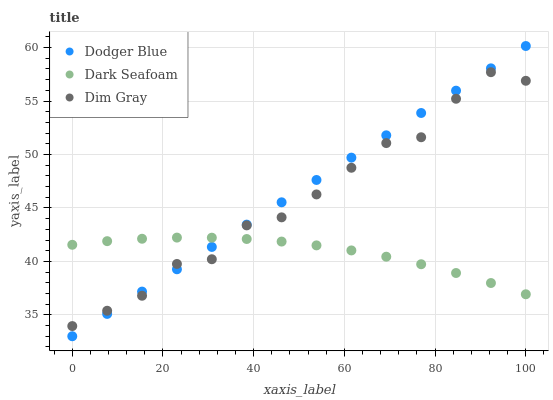
| xaxis_label | Dodger Blue | Dark Seafoam | Dim Gray |
 | --- | --- | --- | --- |
 | 0 | 33 | 41.6 | 34 |
 | 7.69 | 35.1 | 41.9 | 35.4 |
 | 15.4 | 37.2 | 42.1 | 36.8 |
 | 23.1 | 39.3 | 42.2 | 39.8 |
 | 30.8 | 41.4 | 42.2 | 40.2 |
 | 38.5 | 43.4 | 42.1 | 43.4 |
 | 46.2 | 45.5 | 41.9 | 44.1 |
 | 53.8 | 47.6 | 41.5 | 46.3 |
 | 61.5 | 49.7 | 41 | 48.8 |
 | 69.2 | 51.8 | 40.4 | 51.1 |
 | 76.9 | 53.9 | 39.7 | 51.6 |
 | 84.6 | 56 | 38.9 | 55.2 |
 | 92.3 | 58.1 | 38 | 57.7 |
 | 100 | 60.1 | 36.9 | 56.9 |